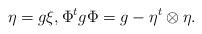
LaTeX: \begin{align*} \eta=g \xi, \Phi^tg\Phi=g-\eta^t\otimes\eta. \end{align*}